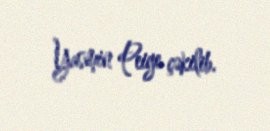
Yasmin Peige çəkilib.